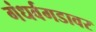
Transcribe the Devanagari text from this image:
गंधर्वगडावर